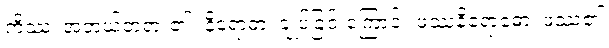
ကိဿ၊ အဘယ်တရား၏။ နိရောဓာ၊ ချုပ်ခြင်းကြောင့်။ ဖဿနိရောဓော၊ ဖဿ၏